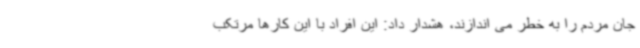
جان مردم را به خطر می اندازند، هشدار داد: این افراد با این کارها مرتکب